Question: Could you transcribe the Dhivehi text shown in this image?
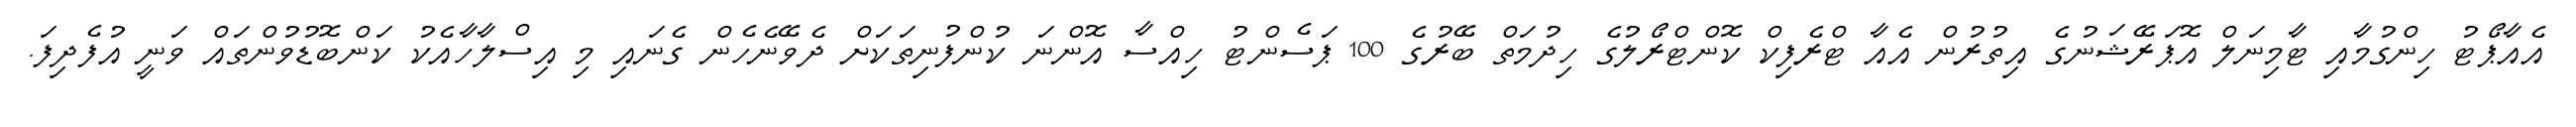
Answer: އެއާޕޯޓު ހިންގުމާއި ޓާމިނަލް އޮޕަރޭޝަނުގެ އިތުރުން އެއާ ޓްރެފިކް ކޮންޓްރޯލުގެ ހިދުމަތް ބޭރުގެ 100 ޕަސެންޓު ހިއްސާ އޮންނަ ކުންފުނިތަކަށް ދެވޭނެހެން ގެނައި މި އިސްލާހާއެކު ކަންބޮޑުވުންތައް ވަނީ އުފެދިފަ.